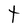
Character: t